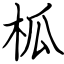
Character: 柧